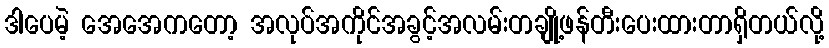
ဒါပေမဲ့ အေအေကတော့ အလုပ်အကိုင်အခွင့်အလမ်းတချို့ဖန်တီးပေးထားတာရှိတယ်လို့